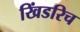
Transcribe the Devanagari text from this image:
खिंडरिच